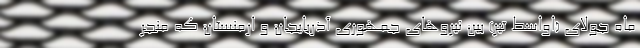
ماه جولای (اواسط تیر) بین نیروهای جمهوری آذربایجان و ارمنستان که منجر